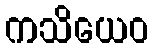
ကသိယေဝ